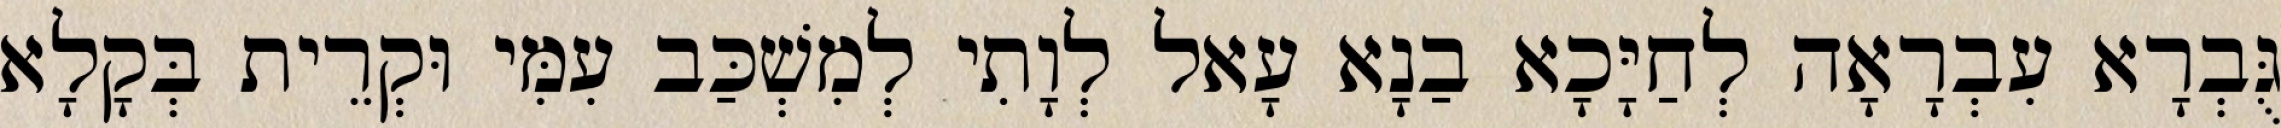
גֻּבְרָא עִבְרָאָה לְחַיָּכָא בַנָא עָאל לְוָתִי לְמִשְׁכַּב עִמִּי וּקְרֵית בְּקָלָא